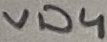
Text: VD4